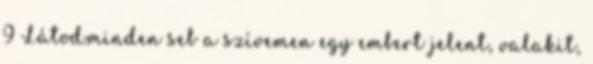
9 Látod.minden seb a szívemen egy embert jelent, valakit,